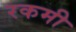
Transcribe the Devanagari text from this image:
रकमी